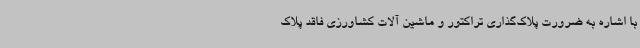
با اشاره به ضرورت پلاک‌گذاری تراکتور و ماشین آلات کشاورزی فاقد پلاک